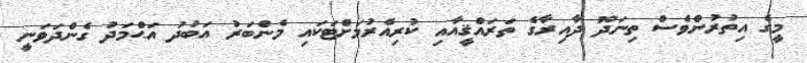
މީގެ އިތުރުންވެސް ތިނަދޫ ދާއިރާގެ ތަރައްޤީއާއި ކުރިއެރުމަށްޓަކައި މެންބަރު އަބުދު އަޙްމަދު ގެންދަވަނީ